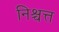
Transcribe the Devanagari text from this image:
निश्चत्त